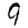
Digit: 9